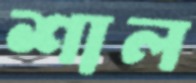
শাল